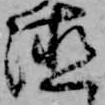
徳